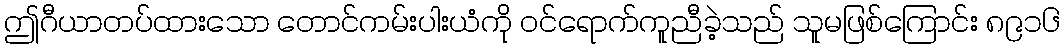
ဤဂီယာတပ်ထားသော တောင်ကမ်းပါးယံကို ဝင်ရောက်ကူညီခဲ့သည် သူမဖြစ်ကြောင်း ၈၉၁၆